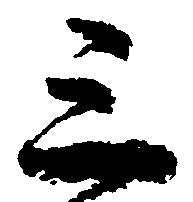
三